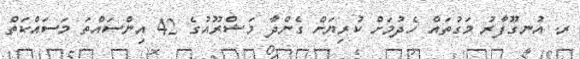
ރ. އުނގޫފާރު މަގުތައް ހެދުމަށް ކުރިޔަށް ގެންދާ މަޝްރޫއުގެ 42 އިންސައްތަ މަސައްކަތް